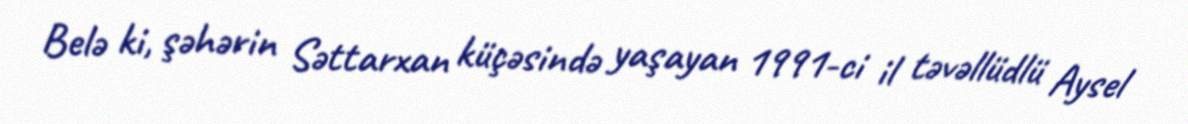
Belə ki, şəhərin Səttarxan küçəsində yaşayan 1991-ci il təvəllüdlü Aysel